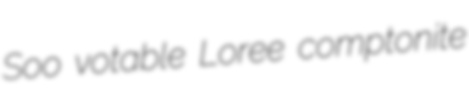
Soo votable Loree comptonite